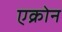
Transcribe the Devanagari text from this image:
एक्रोन